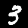
Label: 3